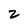
Character: 2